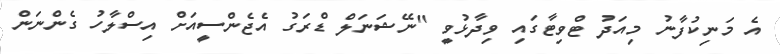
އެ މަނިކުފާނު މިއަދު ޓްވިޓާގައި ވިދާޅުވީ "ނޭޝަނަލް ޑްރަގު އެޖެންސީއަށް އިސްލާހު ގެންނަން